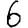
Digit: 6